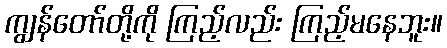
ကျွန်တော်တို့ကို ကြည့်လည်း ကြည့်မနေဘူး။